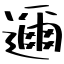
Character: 邇